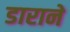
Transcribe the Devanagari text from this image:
डाराने